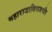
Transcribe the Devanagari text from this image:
महाराजाधिराजपति